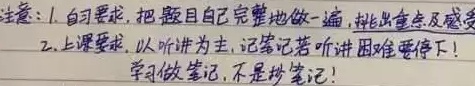
注意：
1. 自习要求：把题目自己完整地做一遍，找出重点及感受。
2. 上课要求：以听讲为主，记笔记若听讲困难要停下！学习做笔记，不是抄笔记！